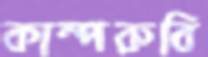
কাম্পরুবি